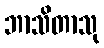
ဘာသိတာသု